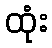
ထုံး